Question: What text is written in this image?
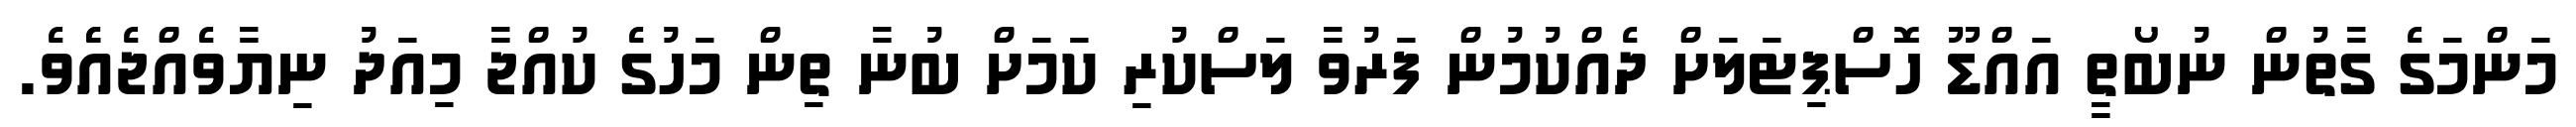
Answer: މަންމަގެ ގާތުން ނުބޯތީ އައްޑޫ ހޮސްޕިޓަލަށް ދެއްކުމުން ފަރުވާ ލަސްކުރި ކަމަށް ބުނާ ތިން މަހުގެ ކުއްޖާ މިއަދު ނިޔާވެއްޖެއެެވެ.